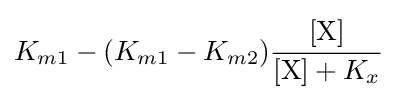
K_{m1}-(K_{m1}-K_{m2}){\cfrac {[\mathrm {X} ]}{[{\ce {X}}]+K_{x}}}